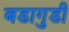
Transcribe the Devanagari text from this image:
बडागुडी